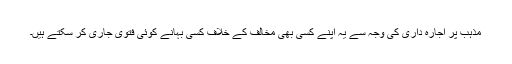
مذہب پر اجارہ داری کی وجہ سے یہ اپنے کسی بھی مخالف کے خلاف کسی بہانے کوئی فتوی جاری کر سکتے ہیں۔